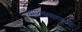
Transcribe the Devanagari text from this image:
असत्यवादाची